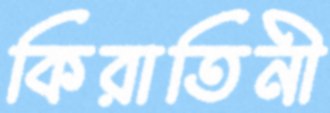
কিরাতিনী